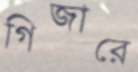
গিজারে